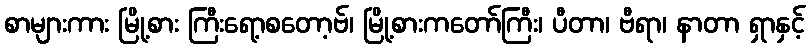
စာများကား မြို့စား ကြီးရော့စတော့ဗ်၊ မြို့စားကတော်ကြီး၊ ပီတာ၊ ဗီရာ၊ နာတာ ရှာနှင့်